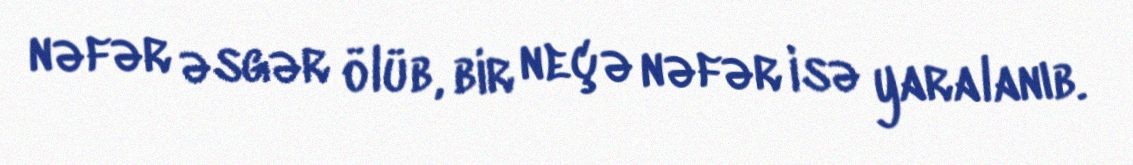
nəfər əsgər ölüb, bir neçə nəfər isə yaralanıb.